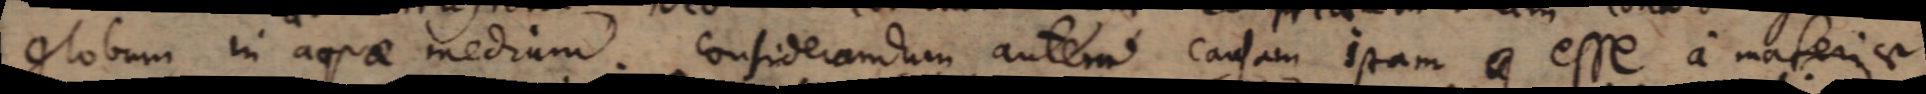
globum in aquae medium. Considerandum autem causam istam esse a materiae